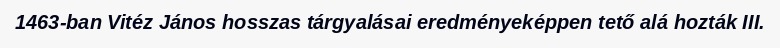
1463-ban Vitéz János hosszas tárgyalásai eredményeképpen tető alá hozták III.